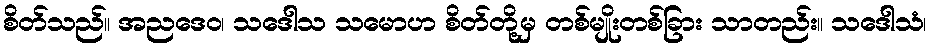
စိတ်သည်။ အညဒေဝ၊ သဒေါသ သမောဟ စိတ်တို့မှ တစ်မျိုးတစ်ခြား သာတည်း။ သဒေါသံ၊